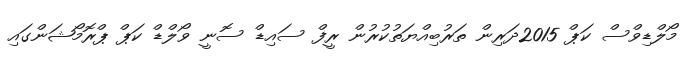
މޯލްޑިވްސް ކަޕް 2015ދަރިން ތަރުބިއްޔަތުކުރުން ރީފް ސައިޑް ސޮނީ ވޯލްޑް ކަޕް ޕްރޮމޯޝަންގައި